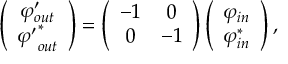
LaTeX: \left( \begin{array} { c c } { { { \varphi } _ { o u t } ^ { \prime } } } \\ { { { { \varphi } ^ { \prime } } _ { o u t } ^ { * } } } \end{array} \right) = \left( \begin{array} { c c } { { - 1 } } & { { 0 } } \\ { { 0 } } & { { - 1 } } \end{array} \right) \left( \begin{array} { c c } { { \varphi _ { i n } } } \\ { { \varphi _ { i n } ^ { * } } } \end{array} \right) ,